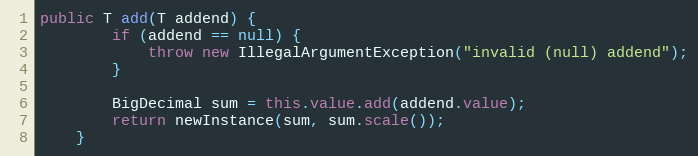
Language: Java
public T add(T addend) {
        if (addend == null) {
            throw new IllegalArgumentException("invalid (null) addend");
        }

        BigDecimal sum = this.value.add(addend.value);
        return newInstance(sum, sum.scale());
    }